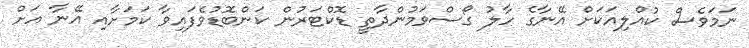
ނަމަވެސް ކުއްލިއަކަށް އޭނާގެ ހާލު ގޯސްވަމުންދާތީ ޑޮކްޓަރުން ކަންބޮޑުވެފައިވާ ކަމަށާއި އޭނާ އަށް